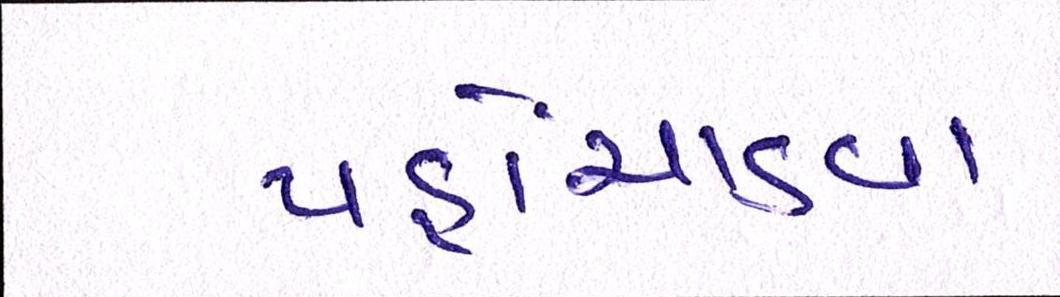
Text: પહોંચાડવા